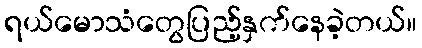
ရယ်မောသံတွေပြည့်နှက်နေခဲ့တယ်။